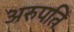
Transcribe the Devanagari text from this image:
अरुपति